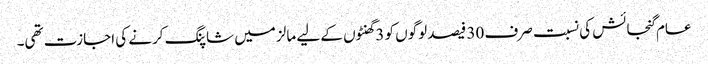
عام گنجائش کی نسبت صرف 30 فیصد لوگوں کو 3 گھنٹوں کے لیے مالز میں شاپنگ کرنے کی اجازت تھی۔